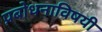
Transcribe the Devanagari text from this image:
प्रबोधनाविषयी